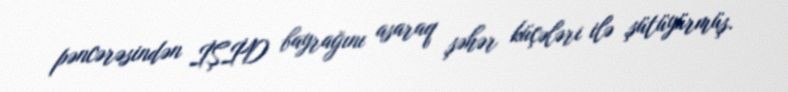
pəncərəsindən İŞİD bayrağını asaraq şəhər küçələri ilə şütüyürmüş.